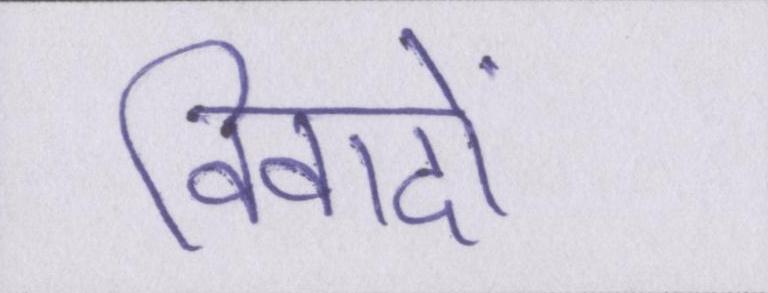
विवादों